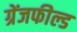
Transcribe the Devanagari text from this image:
ग्रेंजफील्ड